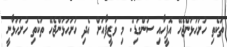
ތަކެތި ހުށަހަޅަންޖެހޭ އޮފީހާއި ސުންގަޑި: މި ވަޒީފާއަށް އެދި ހުށަހަޅަންޖެހޭ ތަކެތި ހުށަހަޅާނީ